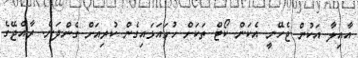
އާއިލާ އަކުން ޖެހޭނީ އެކަން ކޯޓް ތަކަށް ހުށައަޅައިގެން ކުރިއަށް ގެންދަން. ރާއްޖޭގެ